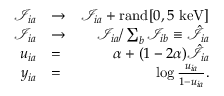
\begin{array} { r l r } { \mathcal { I } _ { i a } } & { \to } & { \mathcal { I } _ { i a } + \mathrm { r a n d } [ 0 , 5 ~ \mathrm { k e V } ] } \\ { \mathcal { I } _ { i a } } & { \to } & { \mathcal { I } _ { i a } / \sum _ { b } \mathcal { I } _ { i b } \equiv \hat { \mathcal { I } } _ { i a } } \\ { u _ { i a } } & { = } & { \alpha + ( 1 - 2 \alpha ) \hat { \mathcal { I } } _ { i a } } \\ { y _ { i a } } & { = } & { \log \frac { u _ { i a } } { 1 - u _ { i a } } . } \end{array}